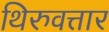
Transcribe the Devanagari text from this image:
थिरुवत्तार